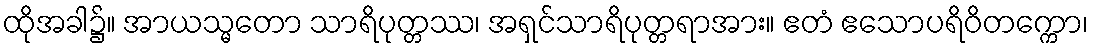
ထိုအခါ၌။ အာယသ္မတော သာရိပုတ္တဿ၊ အရှင်သာရိပုတ္တရာအား။ ဧတံ ဧသောပရိဝိတက္ကော၊